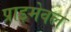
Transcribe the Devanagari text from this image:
प्राइमेवल